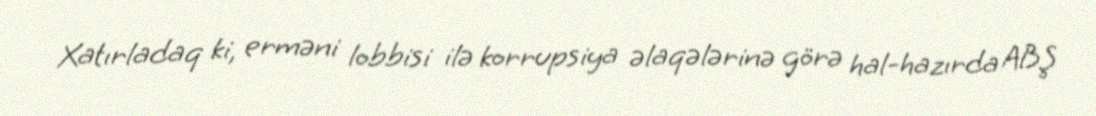
Xatırladaq ki, erməni lobbisi ilə korrupsiya əlaqələrinə görə hal-hazırda ABŞ